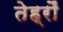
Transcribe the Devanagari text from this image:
तेह्रौं